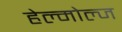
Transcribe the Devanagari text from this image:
हेल्मोल्ज